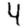
Digit: 4